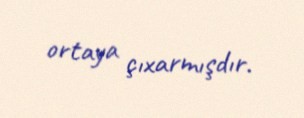
ortaya çıxarmışdır.